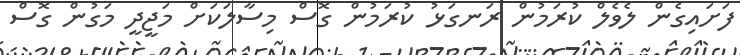
ފަށައިގެން ލެވެލް ކުރަމުން ރަނގަޅު ކުރަމުން ގޮސް މިސާލަކަށް މަޖީދީ މަގުން ގޮސް